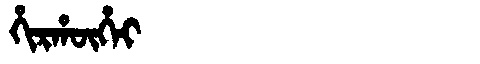
Manchu: ᡥᡳᡵᡥᡡᡥᠠᡳ
Romanization: HIRHŪHAI